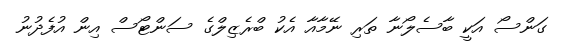
ގަންސޯ އަކީ ބާސެލޯނާ ތަރި ނޭމާއާ އެކު ބްރެޒިލްގެ ސަންޓޯސް އިން އުފެދުނު